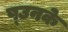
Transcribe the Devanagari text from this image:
ष्उनके